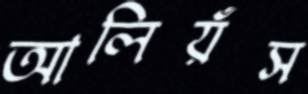
আলিয়ঁস